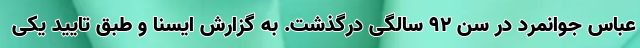
عباس جوانمرد در سن ۹۲ سالگی درگذشت. به گزارش ایسنا و طبق تایید یکی